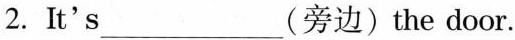
2. It's___(旁边)the door.